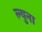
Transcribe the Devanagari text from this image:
ल्युना